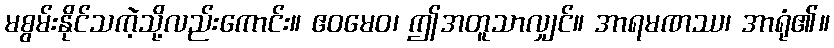
မစွမ်းနိုင်သကဲ့သို့လည်းကောင်း။ ဧဝမေဝ၊ ဤအတူသာလျှင်။ အာရမဏဿ၊ အာရုံ၏။